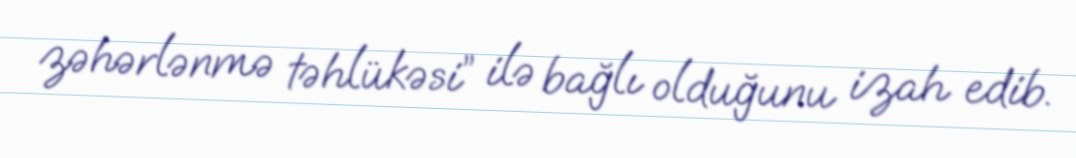
zəhərlənmə təhlükəsi” ilə bağlı olduğunu izah edib.